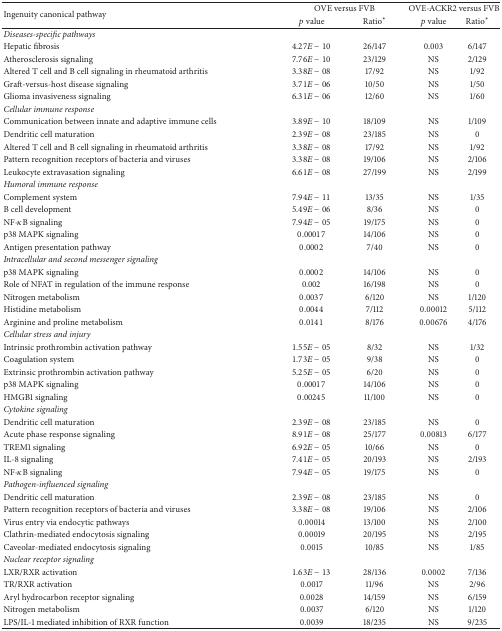
<table><thead><tr><td rowspan="2"><b>Ingenuity canonical pathway</b></td><td colspan="2"><b>OVE versus FVB</b></td><td colspan="2"><b>OVE-ACKR2 versus FVB</b></td></tr><tr><td><b><i>p</i> value</b></td><td><b>Ratio<sup><i>∗</i></sup></b></td><td><b><i>p</i> value</b></td><td><b>Ratio<sup><i>∗</i></sup></b></td></tr></thead><tbody><tr><td><i>Diseases-specific pathways</i></td><td> </td><td> </td><td> </td><td> </td></tr><tr><td>Hepatic fibrosis </td><td>4.27<i>E</i> − 10</td><td>26/147</td><td>0.003</td><td>6/147</td></tr><tr><td>Atherosclerosis signaling</td><td>7.76<i>E</i> − 10</td><td>23/129</td><td>NS</td><td>2/129</td></tr><tr><td>Altered T cell and B cell signaling in rheumatoid arthritis</td><td>3.38<i>E</i> − 08</td><td>17/92</td><td>NS</td><td>1/92</td></tr><tr><td>Graft-versus-host disease signaling</td><td>3.71<i>E</i> − 06</td><td>10/50</td><td>NS</td><td>1/50</td></tr><tr><td>Glioma invasiveness signaling</td><td>6.31<i>E</i> − 06</td><td>12/60</td><td>NS</td><td>1/60</td></tr><tr><td><i>Cellular immune response</i></td><td> </td><td> </td><td> </td><td> </td></tr><tr><td>Communication between innate and adaptive immune cells</td><td>3.89<i>E</i> − 10</td><td>18/109</td><td>NS</td><td>1/109</td></tr><tr><td>Dendritic cell maturation</td><td>2.39<i>E</i> − 08</td><td>23/185</td><td>NS</td><td>0</td></tr><tr><td>Altered T cell and B cell signaling in rheumatoid arthritis</td><td>3.38<i>E</i> − 08</td><td>17/92</td><td>NS</td><td>1/92</td></tr><tr><td>Pattern recognition receptors of bacteria and viruses</td><td>3.38<i>E</i> − 08</td><td>19/106</td><td>NS</td><td>2/106</td></tr><tr><td>Leukocyte extravasation signaling</td><td>6.61<i>E</i> − 08</td><td>27/199</td><td>NS</td><td>2/199</td></tr><tr><td><i>Humoral immune response</i></td><td> </td><td> </td><td> </td><td> </td></tr><tr><td>Complement system</td><td>7.94<i>E</i> − 11</td><td>13/35</td><td>NS</td><td>1/35</td></tr><tr><td>B cell development</td><td>5.49<i>E</i> − 06</td><td>8/36</td><td>NS</td><td>0</td></tr><tr><td>NF-<i>κ</i>B signaling</td><td>7.94<i>E</i> − 05</td><td>19/175</td><td>NS</td><td>0</td></tr><tr><td>p38 MAPK signaling</td><td>0.00017</td><td>14/106</td><td>NS</td><td>0</td></tr><tr><td>Antigen presentation pathway</td><td>0.0002</td><td>7/40</td><td>NS</td><td>0</td></tr><tr><td><i>Intracellular and second messenger signaling</i></td><td> </td><td> </td><td> </td><td> </td></tr><tr><td>p38 MAPK signaling</td><td>0.0002</td><td>14/106</td><td>NS</td><td>0</td></tr><tr><td>Role of NFAT in regulation of the immune response</td><td>0.002</td><td>16/198</td><td>NS</td><td>0</td></tr><tr><td>Nitrogen metabolism</td><td>0.0037</td><td>6/120</td><td>NS</td><td>1/120</td></tr><tr><td>Histidine metabolism</td><td>0.0044</td><td>7/112</td><td>0.00012</td><td>5/112</td></tr><tr><td>Arginine and proline metabolism</td><td>0.0141</td><td>8/176</td><td>0.00676</td><td>4/176</td></tr><tr><td><i>Cellular stress and injury</i></td><td> </td><td> </td><td> </td><td> </td></tr><tr><td>Intrinsic prothrombin activation pathway</td><td>1.55<i>E</i> − 05</td><td>8/32</td><td>NS</td><td>1/32</td></tr><tr><td>Coagulation system</td><td>1.73<i>E</i> − 05</td><td>9/38</td><td>NS</td><td>0</td></tr><tr><td>Extrinsic prothrombin activation pathway</td><td>5.25<i>E</i> − 05</td><td>6/20</td><td>NS</td><td>0</td></tr><tr><td>p38 MAPK signaling</td><td>0.00017</td><td>14/106</td><td>NS</td><td>0</td></tr><tr><td>HMGB1 signaling</td><td>0.00245</td><td>11/100</td><td>NS</td><td>0</td></tr><tr><td><i>Cytokine signaling</i></td><td> </td><td> </td><td> </td><td> </td></tr><tr><td>Dendritic cell maturation</td><td>2.39<i>E</i> − 08</td><td>23/185</td><td>NS</td><td>0</td></tr><tr><td>Acute phase response signaling</td><td>8.91<i>E</i> − 08</td><td>25/177</td><td>0.00813</td><td>6/177</td></tr><tr><td>TREM1 signaling</td><td>6.92<i>E</i> − 05</td><td>10/66</td><td>NS</td><td>0</td></tr><tr><td>IL-8 signaling</td><td>7.41<i>E</i> − 05</td><td>20/193</td><td>NS</td><td>2/193</td></tr><tr><td>NF-<i>κ</i>B signaling</td><td>7.94<i>E</i> − 05</td><td>19/175</td><td>NS</td><td>0</td></tr><tr><td><i>Pathogen-influenced signaling</i></td><td> </td><td> </td><td> </td><td> </td></tr><tr><td>Dendritic cell maturation</td><td>2.39<i>E</i> − 08</td><td>23/185</td><td>NS</td><td>0</td></tr><tr><td>Pattern recognition receptors of bacteria and viruses</td><td>3.38<i>E</i> − 08</td><td>19/106</td><td>NS</td><td>2/106</td></tr><tr><td>Virus entry via endocytic pathways</td><td>0.00014</td><td>13/100</td><td>NS</td><td>2/100</td></tr><tr><td>Clathrin-mediated endocytosis signaling</td><td>0.00019</td><td>20/195</td><td>NS</td><td>2/195</td></tr><tr><td>Caveolar-mediated endocytosis signaling</td><td>0.0015</td><td>10/85</td><td>NS</td><td>1/85</td></tr><tr><td><i>Nuclear receptor signaling</i></td><td> </td><td> </td><td> </td><td> </td></tr><tr><td>LXR/RXR activation</td><td>1.63<i>E</i> − 13</td><td>28/136</td><td>0.0002</td><td>7/136</td></tr><tr><td>TR/RXR activation</td><td>0.0017</td><td>11/96</td><td>NS</td><td>2/96</td></tr><tr><td>Aryl hydrocarbon receptor signaling</td><td>0.0028</td><td>14/159</td><td>NS</td><td>6/159</td></tr><tr><td>Nitrogen metabolism</td><td>0.0037</td><td>6/120</td><td>NS</td><td>1/120</td></tr><tr><td>LPS/IL-1 mediated inhibition of RXR function</td><td>0.0039</td><td>18/235</td><td>NS</td><td>9/235</td></tr></tbody></table>